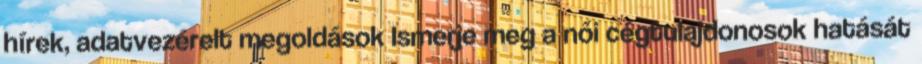
hírek, adatvezérelt megoldások Ismerje meg a női cégtulajdonosok hatását